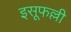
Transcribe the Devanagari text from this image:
इसूफल्ली